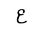
Letter: _ayn